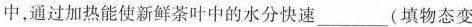
中，通过加热能使新鲜茶叶中的水分快速___(填物态变